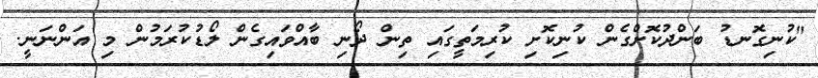
"ކުނިގޮނޑު ބަންދުކޮށްގެން ކުނިކޮށި ކުރިމަތީގައި ތިން ދޯނި ބާއްވައިގެން ލޯޑުކުރަމުން މި އަންނަނީ.